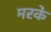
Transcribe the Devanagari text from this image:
मरके